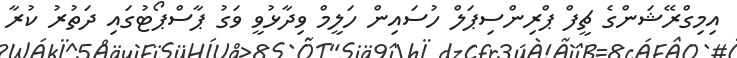
އިމިގްރޭޝަންގެ ޗީފް ޕްރިންސިޕަލް ހުސައިން ހަލީމް ވިދާޅުވީ ވަގު ޕާސްޕޯޓުގައި ދަތުރު ކުރާ